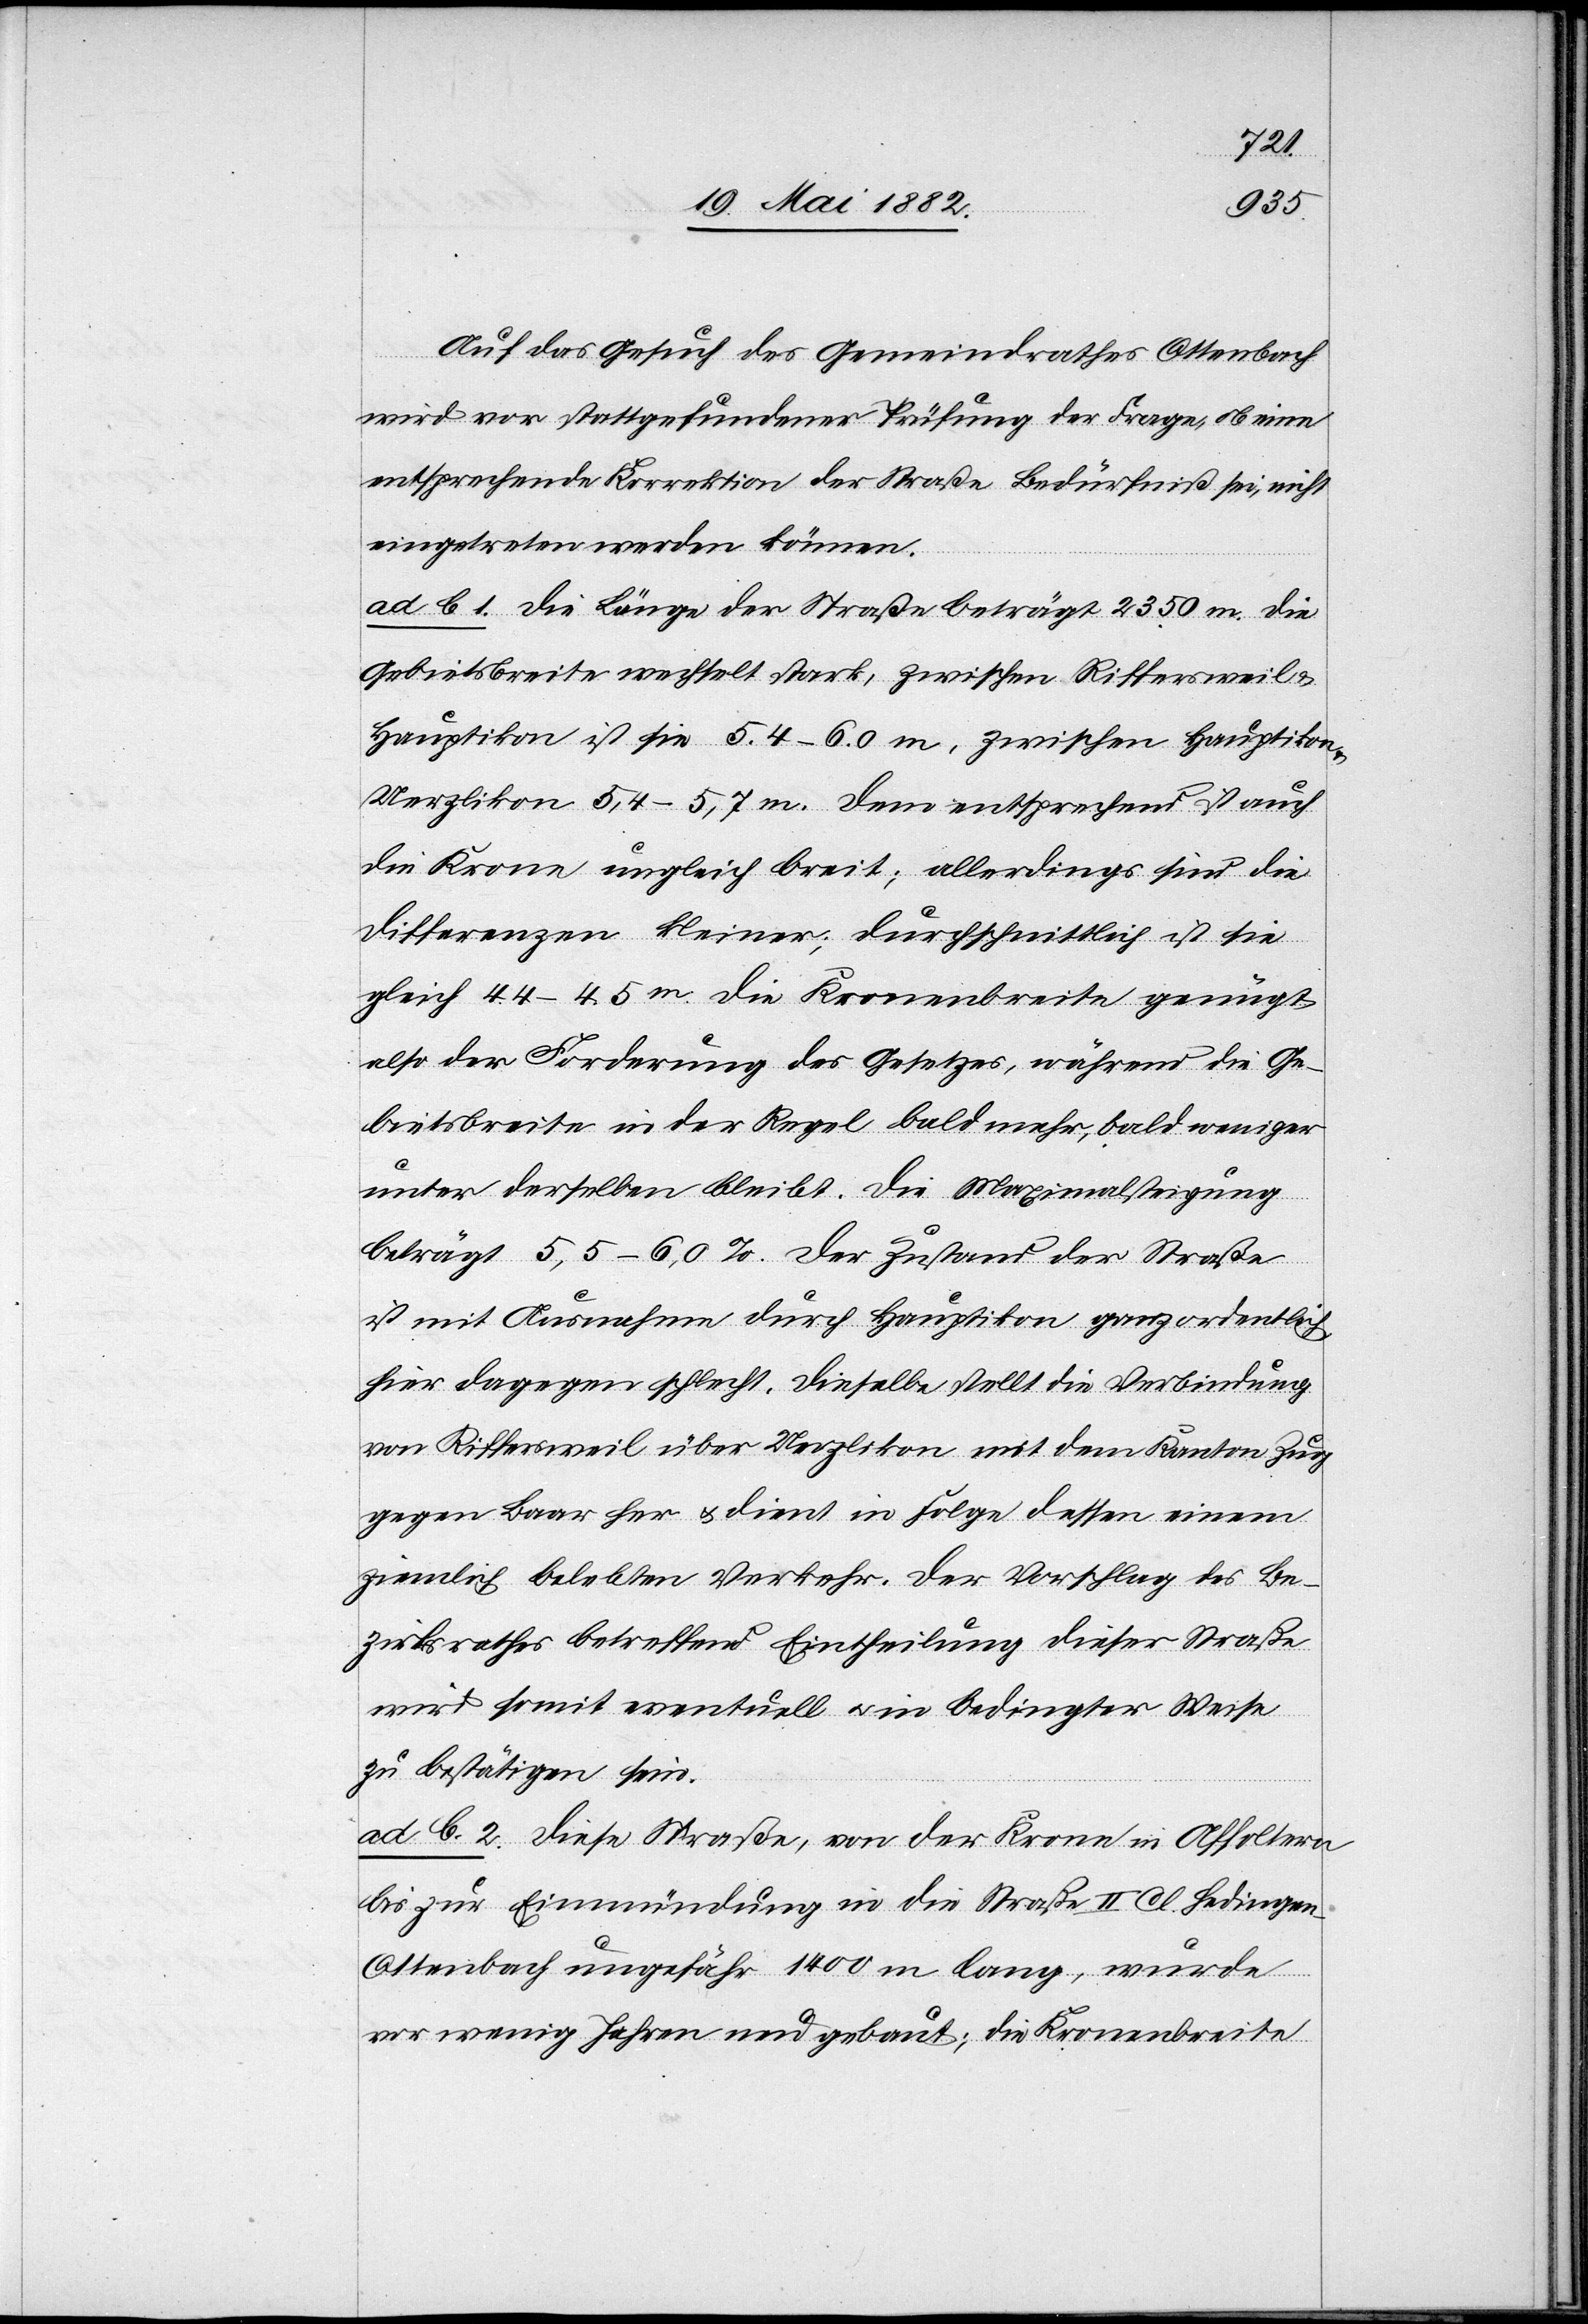
Auf das Gesuch des Gemeindrathes Ottenbach
wird vor stattgefundener Prüfung der Frage, ob eine
entsprechende Korrektion der Straße Bedürfniß sei, nicht
eingetreten werden können.
ad b. 1. Die Länge der Straße beträgt 2350 m. Die
Gebietsbreite wechselt stark, zwischen Riffersweil &
Hauptikon ist sie 5.4–6.0 m, zwischen Hauptikon
Uerzlikon 5,4–5,7 m. Dem entsprechend ist auch
die Krone ungleich breit; allerdings sind die
Differenzen kleiner; durchschnittlich ist sie
gleich 4.4–4.5m. Die Kronenbreite genügt
also der Forderung des Gesetzes, während die Ge¬
bietsbreite in der Regel bald mehr, bald weniger
unter derselben bleibt. Die Maximalsteigung
beträgt 5,5–6,0% Der Zustand der Straße
ist mit Ausnahme durch Hauptikon ganz ordentlich,
hier dagegen schlecht. Dieselbe stellt die Verbindung
von Riffersweil über Uerzlikon mit dem Kanton Zug
gegen Baar her u. dient in Folge dessen einem
ziemlich belebten Verkehr. Der Vorschlag des Be¬
zirksrathes betreffend Eintheilung dieser Straße
wird somit eventuell u. in bedingter Weise
zu bestätigen sein.
ad b. 2. Diese Straße, von der Krone in Affoltern
bis zur Einmündung in die Straße II. Cl. Hedingen–O¬
ttenbach ungefähr 1400 m lang, wurde
vor wenig[en] Jahren neu gebaut; die Kronenbreite